Newspaper: Savannah morning news. [volume]
Place of publication: Savannah
Date: 1885-12-22 00:00:00
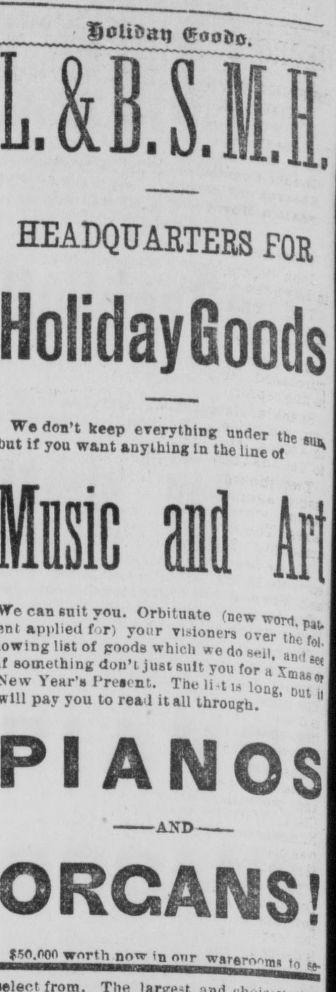
Advertisement text (OCR):
Soltftati (foofto lush HEADQUARTERS FOR Holiday Goods We don’t keep everything an fi er th if you want anything in the line of ad in can suit you. Orbituate (new word * a , applied for) your visionm over thes*. list of goods which we do sell 7 something don’t just suit you for a’Ym'J 5 * Year’s Preeent. The li tis i onjt ‘ pay you to rea l it all through. PI ANOS AND nn ",|| n , n ;.' r warerosm
Label: text-only